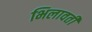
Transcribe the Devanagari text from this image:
भिलावती